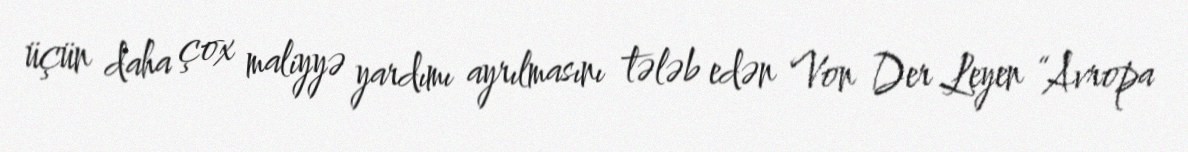
üçün daha çox maliyyə yardımı ayrılmasını tələb edən Von Der Leyen “Avropa